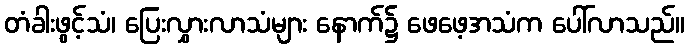
တံခါးဖွင့်သံ၊ ပြေးလွှားလာသံများ နောက်၌ ဖေဖေ့အသံက ပေါ်လာသည်။